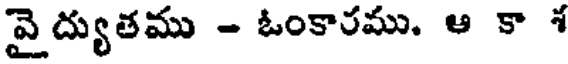
వై ద్యుతము - ఓంకారము. ఆ కా 1